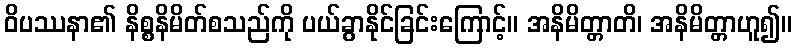
ဝိပဿနာ၏ နိစ္စနိမိတ်စသည်ကို ပယ်ခွာနိုင်ခြင်းကြောင့်။ အနိမိတ္တာတိ၊ အနိမိတ္တာဟူ၍။